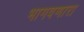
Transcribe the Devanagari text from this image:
भागवणारा